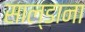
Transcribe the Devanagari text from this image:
साल्डाना